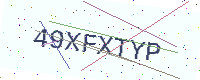
Text: 49XFXTYP